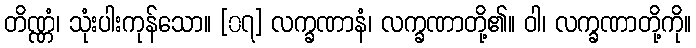
တိဏ္ဏံ၊ သုံးပါးကုန်သော။ [၀၇] လက္ခဏာနံ၊ လက္ခဏာတို့၏။ ဝါ၊ လက္ခဏာတို့ကို။